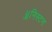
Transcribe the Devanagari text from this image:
ॲनिस्टन